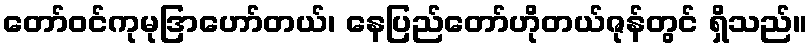
တော်ဝင်ကုမုဒြာဟော်တယ်၊ နေပြည်တော်ဟိုတယ်ဇုန်တွင် ရှိသည်။